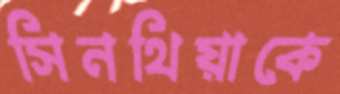
সিনথিয়াকে